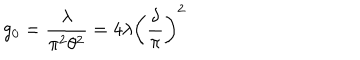
LaTeX: g _ { 0 } = { \frac { \lambda } { \pi ^ { 2 } \theta ^ { 2 } } } = 4 \lambda \left( \frac { \delta } { \pi } \right) ^ { 2 }